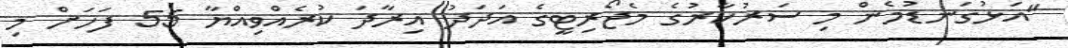
"އަޅުގަނޑުމެން މި ސަރުކާރުގެ މެޖޯރިޓީގެ އަދަދު އިރާދަ ކުރެއްވިއްޔާ 55 ފަހަށް މި